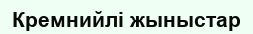
Кремнийлі жыныстар